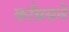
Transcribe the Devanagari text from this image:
काँग्रसने